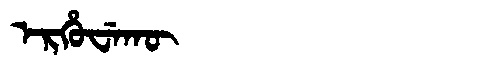
Manchu: ᡝᡵᡥᡠᠸᡝᡴᡡ
Romanization: ERHUWEKŪ